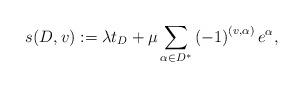
LaTeX: \begin{align*}s(D,v) := \lambda t_D + \mu \sum_{\alpha \in D^*}\left( -1\right) ^{\left( v ,\alpha \right) }e^{\alpha },\end{align*}